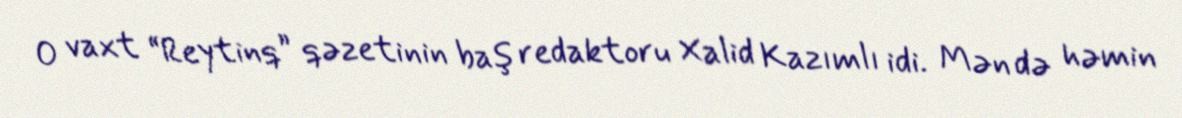
O vaxt “Reytinq” qəzetinin baş redaktoru Xalid Kazımlı idi. Mən də həmin